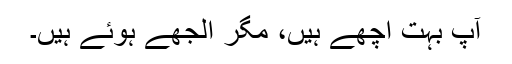
آپ بہت اچھے ہیں، مگر الجھے ہوئے ہیں۔